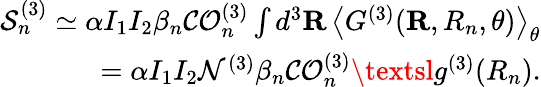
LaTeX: \begin{array}{r}{\mathcal{S}_{n}^{(\mathrm{3})}\simeq\alpha I_{1}I_{2}\beta_{n}\mathcal{CO}_{n}^{(3)}\int d^{3}\mathbf{R}\, \left\langle{G^{(3)}}(\mathbf{R},R_{n},\theta)\right\rangle_{\theta}}\\ {=\alpha I_{1}I_{2}\mathcal{N}^{(\mathrm{3})}\beta_{n}\mathcal{CO}_{n}^{(3)}\textsl{g}^{(3)}(R_{n}).}\end{array}